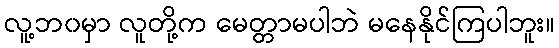
လူ့ဘ၀မှာ လူတို့က မေတ္တာမပါဘဲ မနေနိုင်ကြပါဘူး။